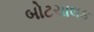
બોટચાલક